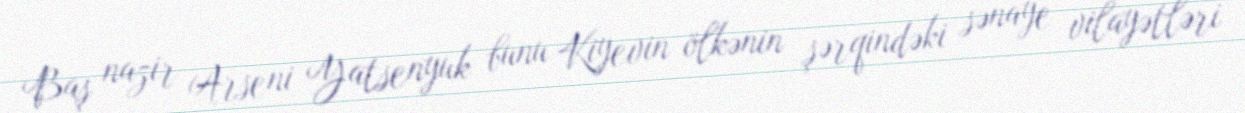
Baş nazir Arseni Yatsenyuk bunu Kiyevin ölkənin şərqindəki sənaye vilayətləri